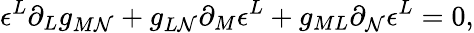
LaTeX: \epsilon^{L}\partial_{L}g_{M\mathcal{N}}+g_{L\mathcal{N}}\partial_{M}\epsilon^{L}+g_{ML}\partial_{\mathcal{N}}\epsilon^{L}=0,